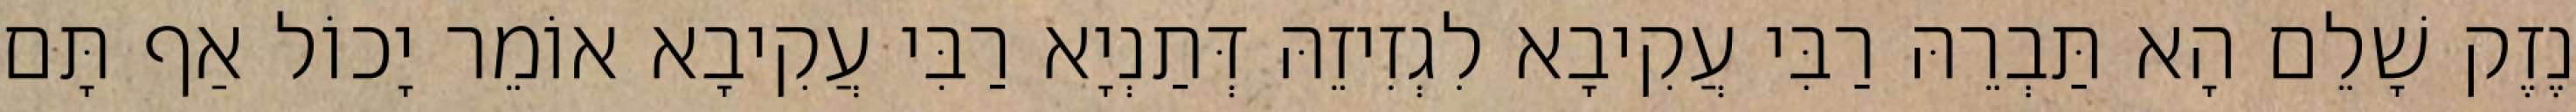
נֶזֶק שָׁלֵם הָא תַּבְרֵהּ רַבִּי עֲקִיבָא לִגְזִיזֵהּ דְּתַנְיָא רַבִּי עֲקִיבָא אוֹמֵר יָכוֹל אַף תָּם